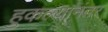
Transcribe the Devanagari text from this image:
हुकल्यानंतर